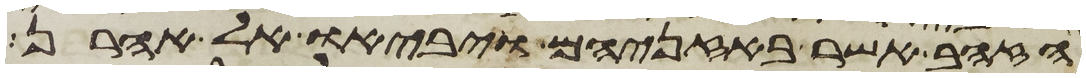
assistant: הזהב אשר באזניהם ויביאו אל אהרן